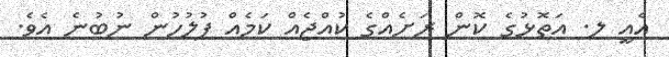
އެއީ ލ. އަތޮޅުގެ ކޮން ރަށެއްގެ ކުއްޖެއް ކަމެއް ފުލުހުން ނުބުނެ އެވެ.